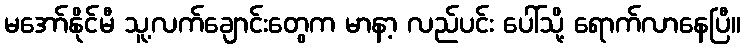
မအော်နိုင်မီ သူ့လက်ချောင်းတွေက မာနာ့ လည်ပင်း ပေါ်သို့ ရောက်လာနေပြီ။